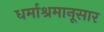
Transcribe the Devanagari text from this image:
धर्माश्रमानूसार